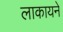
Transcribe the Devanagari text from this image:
लाकायने